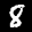
Label: 8